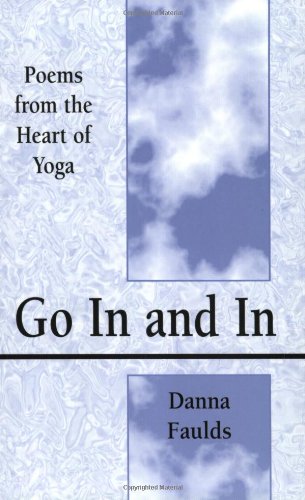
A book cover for Go In and In: Poems From the Heart of Yoga; Danna Faulds; Health, Fitness & Dieting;